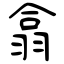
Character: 翕